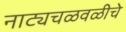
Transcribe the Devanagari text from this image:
नाट्यचळवळीचे